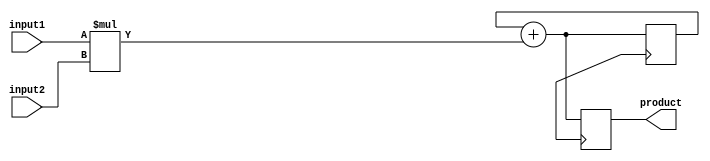
module fixed_point_multiplier(
    input wire signed [15:0] input1,
    input wire signed [15:0] input2,
    output reg signed [31:0] product
);

reg signed [31:0] intermediate_result;
reg signed [31:0] accumulator;

// Perform sign extension if necessary
always @(input1, input2) begin
    intermediate_result = input1 * input2;
end

// Handle shifting and accumulation
always @(posedge clk) begin
    accumulator = accumulator + intermediate_result; // accumulate intermediate results
    product = accumulator; // store final product in accumulator
end

endmodule